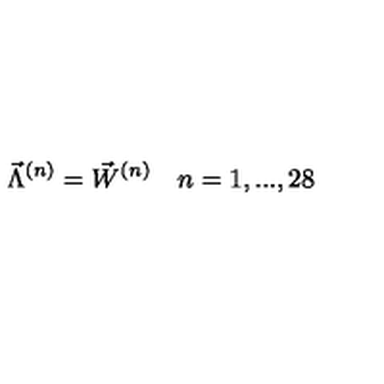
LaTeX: { \vec { \Lambda } } ^ { ( n ) } = { \vec { W } } ^ { ( n ) } \quad n = 1 , . . . , 2 8